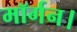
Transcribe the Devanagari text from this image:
मॉर्गन।